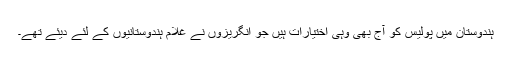
ہندوستان میں پولیس کو آج بھی وہی اختیارات ہیں جو انگریزوں نے غلام ہندوستانیوں کے لئے دیئے تھے۔